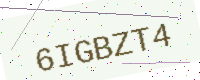
Text: 6IGBZT4